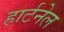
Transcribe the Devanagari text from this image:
हार्टनेल